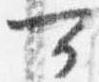
可